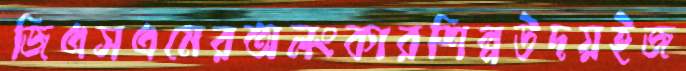
জিএসএমেরঅলংকারশিল্পউদয়ইজ